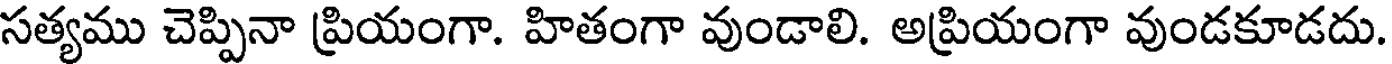
సత్యము చెప్పినా ప్రియంగా. హితంగా వుండాలి. అప్రియంగా వుండకూడదు.